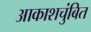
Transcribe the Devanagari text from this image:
आकाशचुंबित